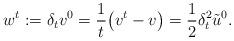
LaTeX: \begin{align*}w^t := \delta_t v^0 = \frac 1 t \big( v^t-v \big) = \frac 1 2 \delta_t^2 \tilde u ^0.\end{align*}